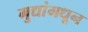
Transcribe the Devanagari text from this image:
मुद्यांमधून